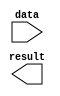
module Fourteen_Bit_NOT (
	data,
	result);

	input	[13:0]  data;
	output	[13:0]  result;

endmodule